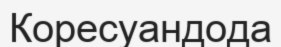
Коресуандода